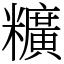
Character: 䊯